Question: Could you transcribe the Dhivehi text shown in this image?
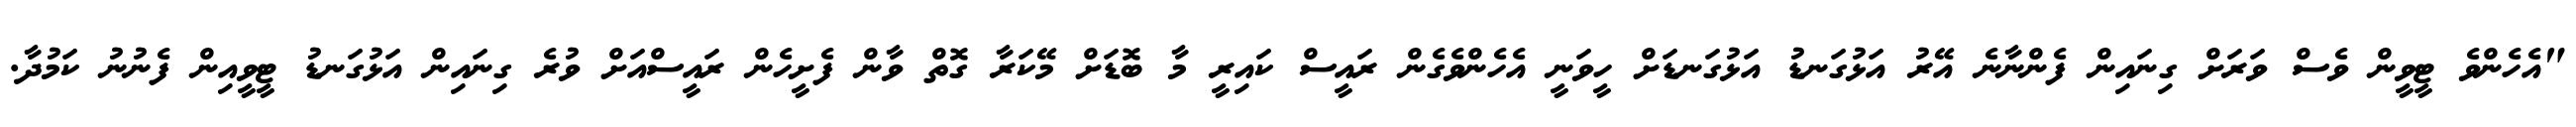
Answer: "އެހެންވެ ޓީވީން ވެސް ވަރަށް ގިނައިން ފެންނާނެ އޭރު އަޅުގަނޑު އަޅުގަނޑަށް ހީވަނީ އެހެންވެގެން ރައީސް ކައިރީ މާ ބޮޑަށް މޭކަރާ ގޮތް ވާން ފެށީހެން ރައީސްއަށް ވުރެ ގިނައިން އަޅުގަނޑު ޓީވީއިން ފެނުނު ކަމުދާ.